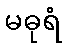
မဓုရံ